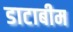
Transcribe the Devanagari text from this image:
डाटाबीम